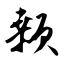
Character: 颡